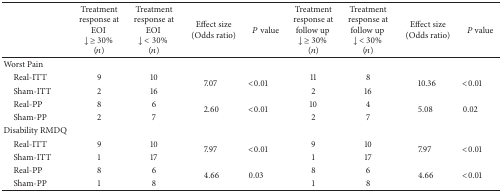
<table><thead><tr><td><b> </b></td><td><b>Treatment response at EOI ↓ ≥ 30% (<i>n</i>)</b></td><td><b>Treatment response at EOI ↓ &lt; 30% (<i>n</i>)</b></td><td><b>Effect size (Odds ratio)</b></td><td><b><i>P</i> value</b></td><td><b>Treatment response at follow up ↓ ≥ 30% (<i>n</i>)</b></td><td><b>Treatment response at follow up ↓ &lt; 30% (<i>n</i>)</b></td><td><b>Effect size (Odds ratio)</b></td><td><b><i>P</i> value</b></td></tr></thead><tbody><tr><td>Worst Pain</td><td> </td><td> </td><td> </td><td> </td><td> </td><td> </td><td> </td><td> </td></tr><tr><td> Real-ITT</td><td>9</td><td>10</td><td rowspan="2">7.07</td><td rowspan="2">&lt;0.01</td><td>11</td><td>8</td><td rowspan="2">10.36</td><td rowspan="2">&lt;0.01</td></tr><tr><td> Sham-ITT</td><td>2</td><td>16</td><td>2</td><td>16</td></tr><tr><td> Real-PP</td><td>8</td><td>6</td><td rowspan="2">2.60</td><td rowspan="2">&lt;0.01</td><td>10</td><td>4</td><td rowspan="2">5.08</td><td rowspan="2">0.02</td></tr><tr><td> Sham-PP</td><td>2</td><td>7</td><td>2</td><td>7</td></tr><tr><td>Disability RMDQ</td><td> </td><td> </td><td> </td><td> </td><td> </td><td> </td><td> </td><td> </td></tr><tr><td> Real-ITT</td><td>9</td><td>10</td><td rowspan="2">7.97</td><td rowspan="2">&lt;0.01</td><td>9</td><td>10</td><td rowspan="2">7.97</td><td rowspan="2">&lt;0.01</td></tr><tr><td> Sham-ITT</td><td>1</td><td>17</td><td>1</td><td>17</td></tr><tr><td> Real-PP</td><td>8</td><td>6</td><td rowspan="2">4.66</td><td rowspan="2">0.03</td><td>8</td><td>6</td><td rowspan="2">4.66</td><td rowspan="2">&lt;0.01</td></tr><tr><td> Sham-PP</td><td>1</td><td>8</td><td>1</td><td>8</td></tr></tbody></table>